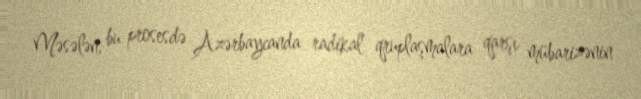
Məsələn, bu prosesdə Azərbaycanda radikal qruplaşmalara qarşı mübarizənin